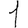
Digit: 1